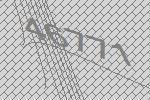
46771